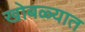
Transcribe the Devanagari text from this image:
खोबळ्यात